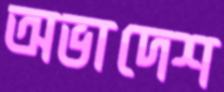
অভাদেশ